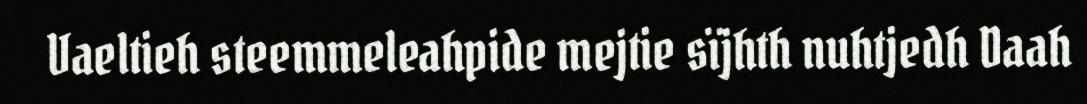
Vaeltieh steemmeleahpide mejtie sïjhth nuhtjedh Daah